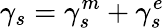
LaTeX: \gamma_{s}=\gamma_{s}^{m}+\gamma_{s}^{e}